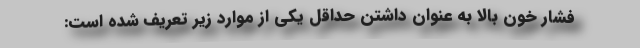
فشار خون بالا به عنوان داشتن حداقل یکی از موارد زیر تعریف شده است: